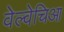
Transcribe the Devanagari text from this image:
वेल्वेचिआ